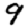
Digit: 9